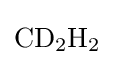
{\mathrm {CD} {\vphantom {A}}_{\smash[{t}]{2}}\mathrm {H} {\vphantom {A}}_{\smash[{t}]{2}}}